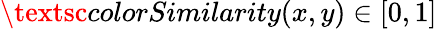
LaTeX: \textsc{colorSimilarity}(x,y)\in[0,1]